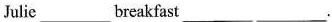
Julie___breakfast ___ ___